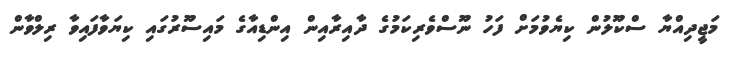
މަޖީދިއްޔާ ސްކޫލުން ކިޔެވުމަށް ފަހު ނޫސްވެރިކަމުގެ ދާއިރާއިން އިންޑިއާގެ މައިސޫރުގައި ކިޔަވާފައިވާ ރިލްވާން